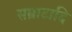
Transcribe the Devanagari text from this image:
सम्राटादि